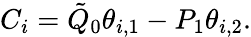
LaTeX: \begin{array}{r}{C_{i}=\tilde{Q}_{0}\theta_{i,1}-P_{1}\theta_{i,2}.}\end{array}